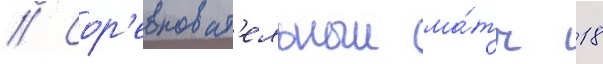
// Сор'евноват'ельныи ма́тч 18